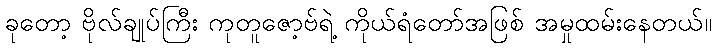
ခုတော့ ဗိုလ်ချုပ်ကြီး ကုတူဇော့ဗ်ရဲ့ ကိုယ်ရံတော်အဖြစ် အမှုထမ်းနေတယ်။